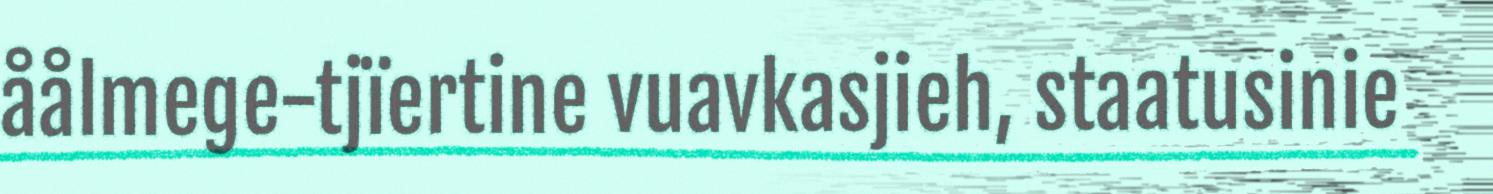
åålmege-tjïertine vuavkasjieh, staatusinie